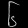
Digit: ၆